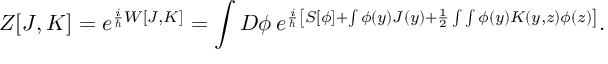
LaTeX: Z [ J , K ] = e ^ { \frac { i } { \hbar } W [ J , K ] } = \int D \phi \: e ^ { \frac { i } { \hbar } \left[ S [ \phi ] + \int \phi ( y ) J ( y ) + \frac { 1 } { 2 } \int \int \phi ( y ) K ( y , z ) \phi ( z ) \right] } .